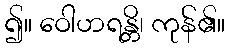
၍။ ဝေါဟရန္တိ၊ ကုန်၏။